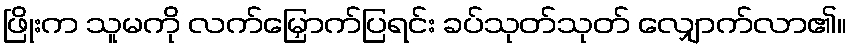
ဖြိုးက သူမကို လက်မြှောက်ပြရင်း ခပ်သုတ်သုတ် လျှောက်လာ၏။